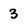
Character: 3